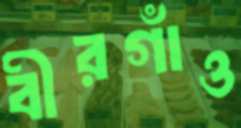
বীরগাঁও